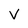
Character: v